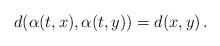
LaTeX: \begin{align*}d(\alpha(t,x), \alpha(t,y))=d(x,y) \,.\end{align*}